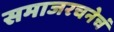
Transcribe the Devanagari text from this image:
समाजरचनेचं